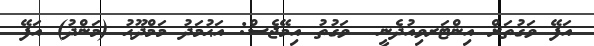
އަފޭ ވަގުތަށް އިންޓަރވިއުދެނީ  ވަގުތު އިމޭޖެސް: އަޙުމަދު މަމްދޫޙު (މަންދު) އަފޭ